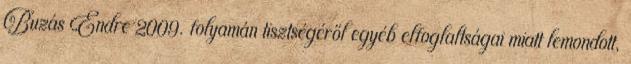
Buzás Endre 2009. folyamán tisztségéről egyéb elfoglaltságai miatt lemondott,